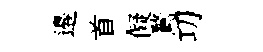
邉首儗鶩㓛